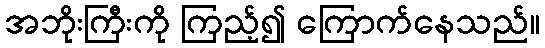
အဘိုးကြီးကို ကြည့်၍ ကြောက်နေသည်။